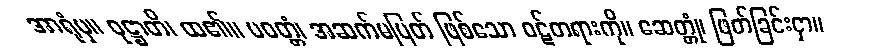
အာရုံမှ။ ဝုဋ္ဌာတိ၊ ထ၏။ ပဝတ္တံ၊ အဆက်မပြတ် ဖြစ်သော ဝဋ်တရားကို။ ဆေတ္တုံ၊ ဖြတ်ခြင်းငှာ။